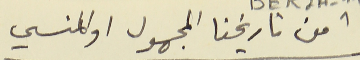
1 من تاريخنا المجهول او المنسي